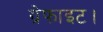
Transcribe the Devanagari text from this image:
ग्रेफाइट।